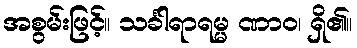
အစွမ်းဖြင့်။ သင်္ခါရာရမ္မ ဏာဝ၊ ရှိ၏။